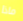
ماذا